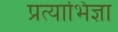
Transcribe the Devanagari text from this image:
प्रत्याभिज्ञा